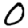
Digit: 0